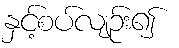
နှင့်စပ်လျဉ်း၍